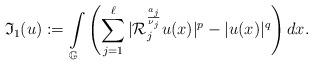
LaTeX: \begin{align*}\mathfrak{I}_{1}(u):=\int\limits_{\mathbb{G}}\left(\sum_{j=1}^{\ell}|\mathcal{R}_{j}^{\frac{a_{j}}{\nu_{j}}}u(x)|^{p}-|u(x)|^{q}\right)dx.\end{align*}